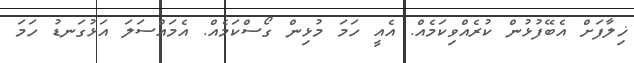
ޚިލާފަށް އެބޭފުޅުން ކުރެއްވިކަމެއް. އެއީ ހަމަ މުޅިން ގޯސްކަމެއް. އެމައްސަލަ އަޅުގަނޑު ހަމަ